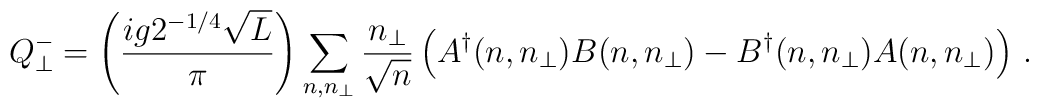
Q^-_{\perp}=\left(\frac{ig2^{-1/4}\sqrt{L}}{\pi}\right)                \sum_{n,n_\perp}\frac{n_\perp}{\sqrt{n}}                     \left(A^{\dagger}(n,n_\perp)B(n,n_\perp)                         -B^{\dagger}(n,n_\perp)A(n,n_\perp)\right)\,.